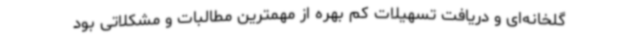
گلخانه‌ای و دریافت تسهیلات کم بهره از مهمترین مطالبات و مشکلاتی بود